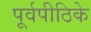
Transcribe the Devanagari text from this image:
पूर्वपीठिके